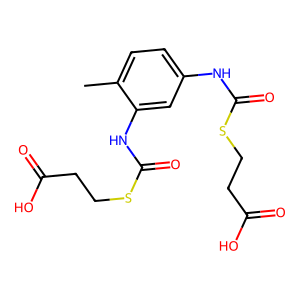
SMILES: Cc1ccc(NC(=O)SCCC(=O)O)cc1NC(=O)SCCC(=O)O
Inhibits HIV replication: No